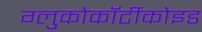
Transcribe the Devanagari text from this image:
ग्लुकोकॉर्टीकोइड